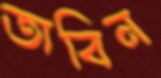
তাবিন